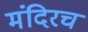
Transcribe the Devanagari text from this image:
मंदिरच